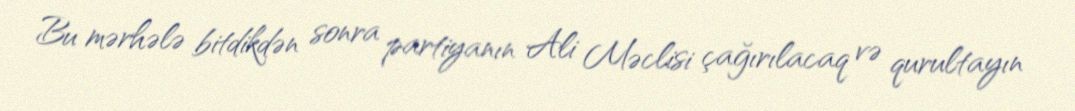
Bu mərhələ bitdikdən sonra partiyanın Ali Məclisi çağırılacaq və qurultayın